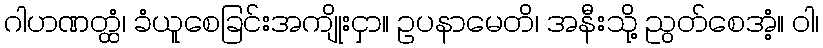
ဂါဟဏတ္ထံ၊ ခံယူစေခြင်းအကျိုးငှာ။ ဥပနာမေတိ၊ အနီးသို့ ညွတ်စေအံ့။ ဝါ၊